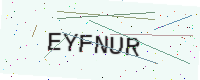
Text: EYFNUR